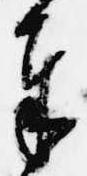
奉